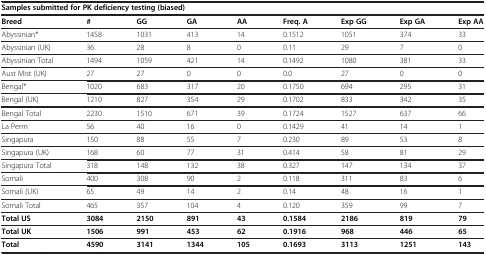
| <COLSPAN=9> Samples submitted for PK deficiency testing (biased) |
 | --- | --- | --- | --- | --- | --- | --- | --- | --- |
 | Breed | # | GG | GA | AA | Freq. A | Exp GG | Exp GA | Exp AA |
 | Abyssinian* | 1458 | 1031 | 413 | 14 | 0.1512 | 1051 | 374 | 33 |
 | Abyssinian (UK) | 36 | 28 | 8 | 0 | 0.11 | 29 | 7 | 0 |
 | Abyssinian Total | 1494 | 1059 | 421 | 14 | 0.1492 | 1080 | 381 | 33 |
 | Aust Mist (UK) | 27 | 27 | 0 | 0 | 0.0 | 27 | 0 | 0 |
 | Bengal* | 1020 | 683 | 317 | 20 | 0.1750 | 694 | 295 | 31 |
 | Bengal (UK) | 1210 | 827 | 354 | 29 | 0.1702 | 833 | 342 | 35 |
 | Bengal Total | 2230 | 1510 | 671 | 39 | 0.1724 | 1527 | 637 | 66 |
 | La Perm | 56 | 40 | 16 | 0 | 0.1429 | 41 | 14 | 1 |
 | Singapura | 150 | 88 | 55 | 7 | 0.230 | 89 | 53 | 8 |
 | Singapura (UK) | 168 | 60 | 77 | 31 | 0.414 | 58 | 81 | 29 |
 | Singapura Total | 318 | 148 | 132 | 38 | 0.327 | 147 | 134 | 37 |
 | Somali | 400 | 308 | 90 | 2 | 0.118 | 311 | 83 | 6 |
 | Somali (UK) | 65 | 49 | 14 | 2 | 0.14 | 48 | 16 | 1 |
 | Somali Total | 465 | 357 | 104 | 4 | 0.120 | 359 | 99 | 7 |
 | Total US | 3084 | 2150 | 891 | 43 | 0.1584 | 2186 | 819 | 79 |
 | Total UK | 1506 | 991 | 453 | 62 | 0.1916 | 968 | 446 | 65 |
 | Total | 4590 | 3141 | 1344 | 105 | 0.1693 | 3113 | 1251 | 143 |